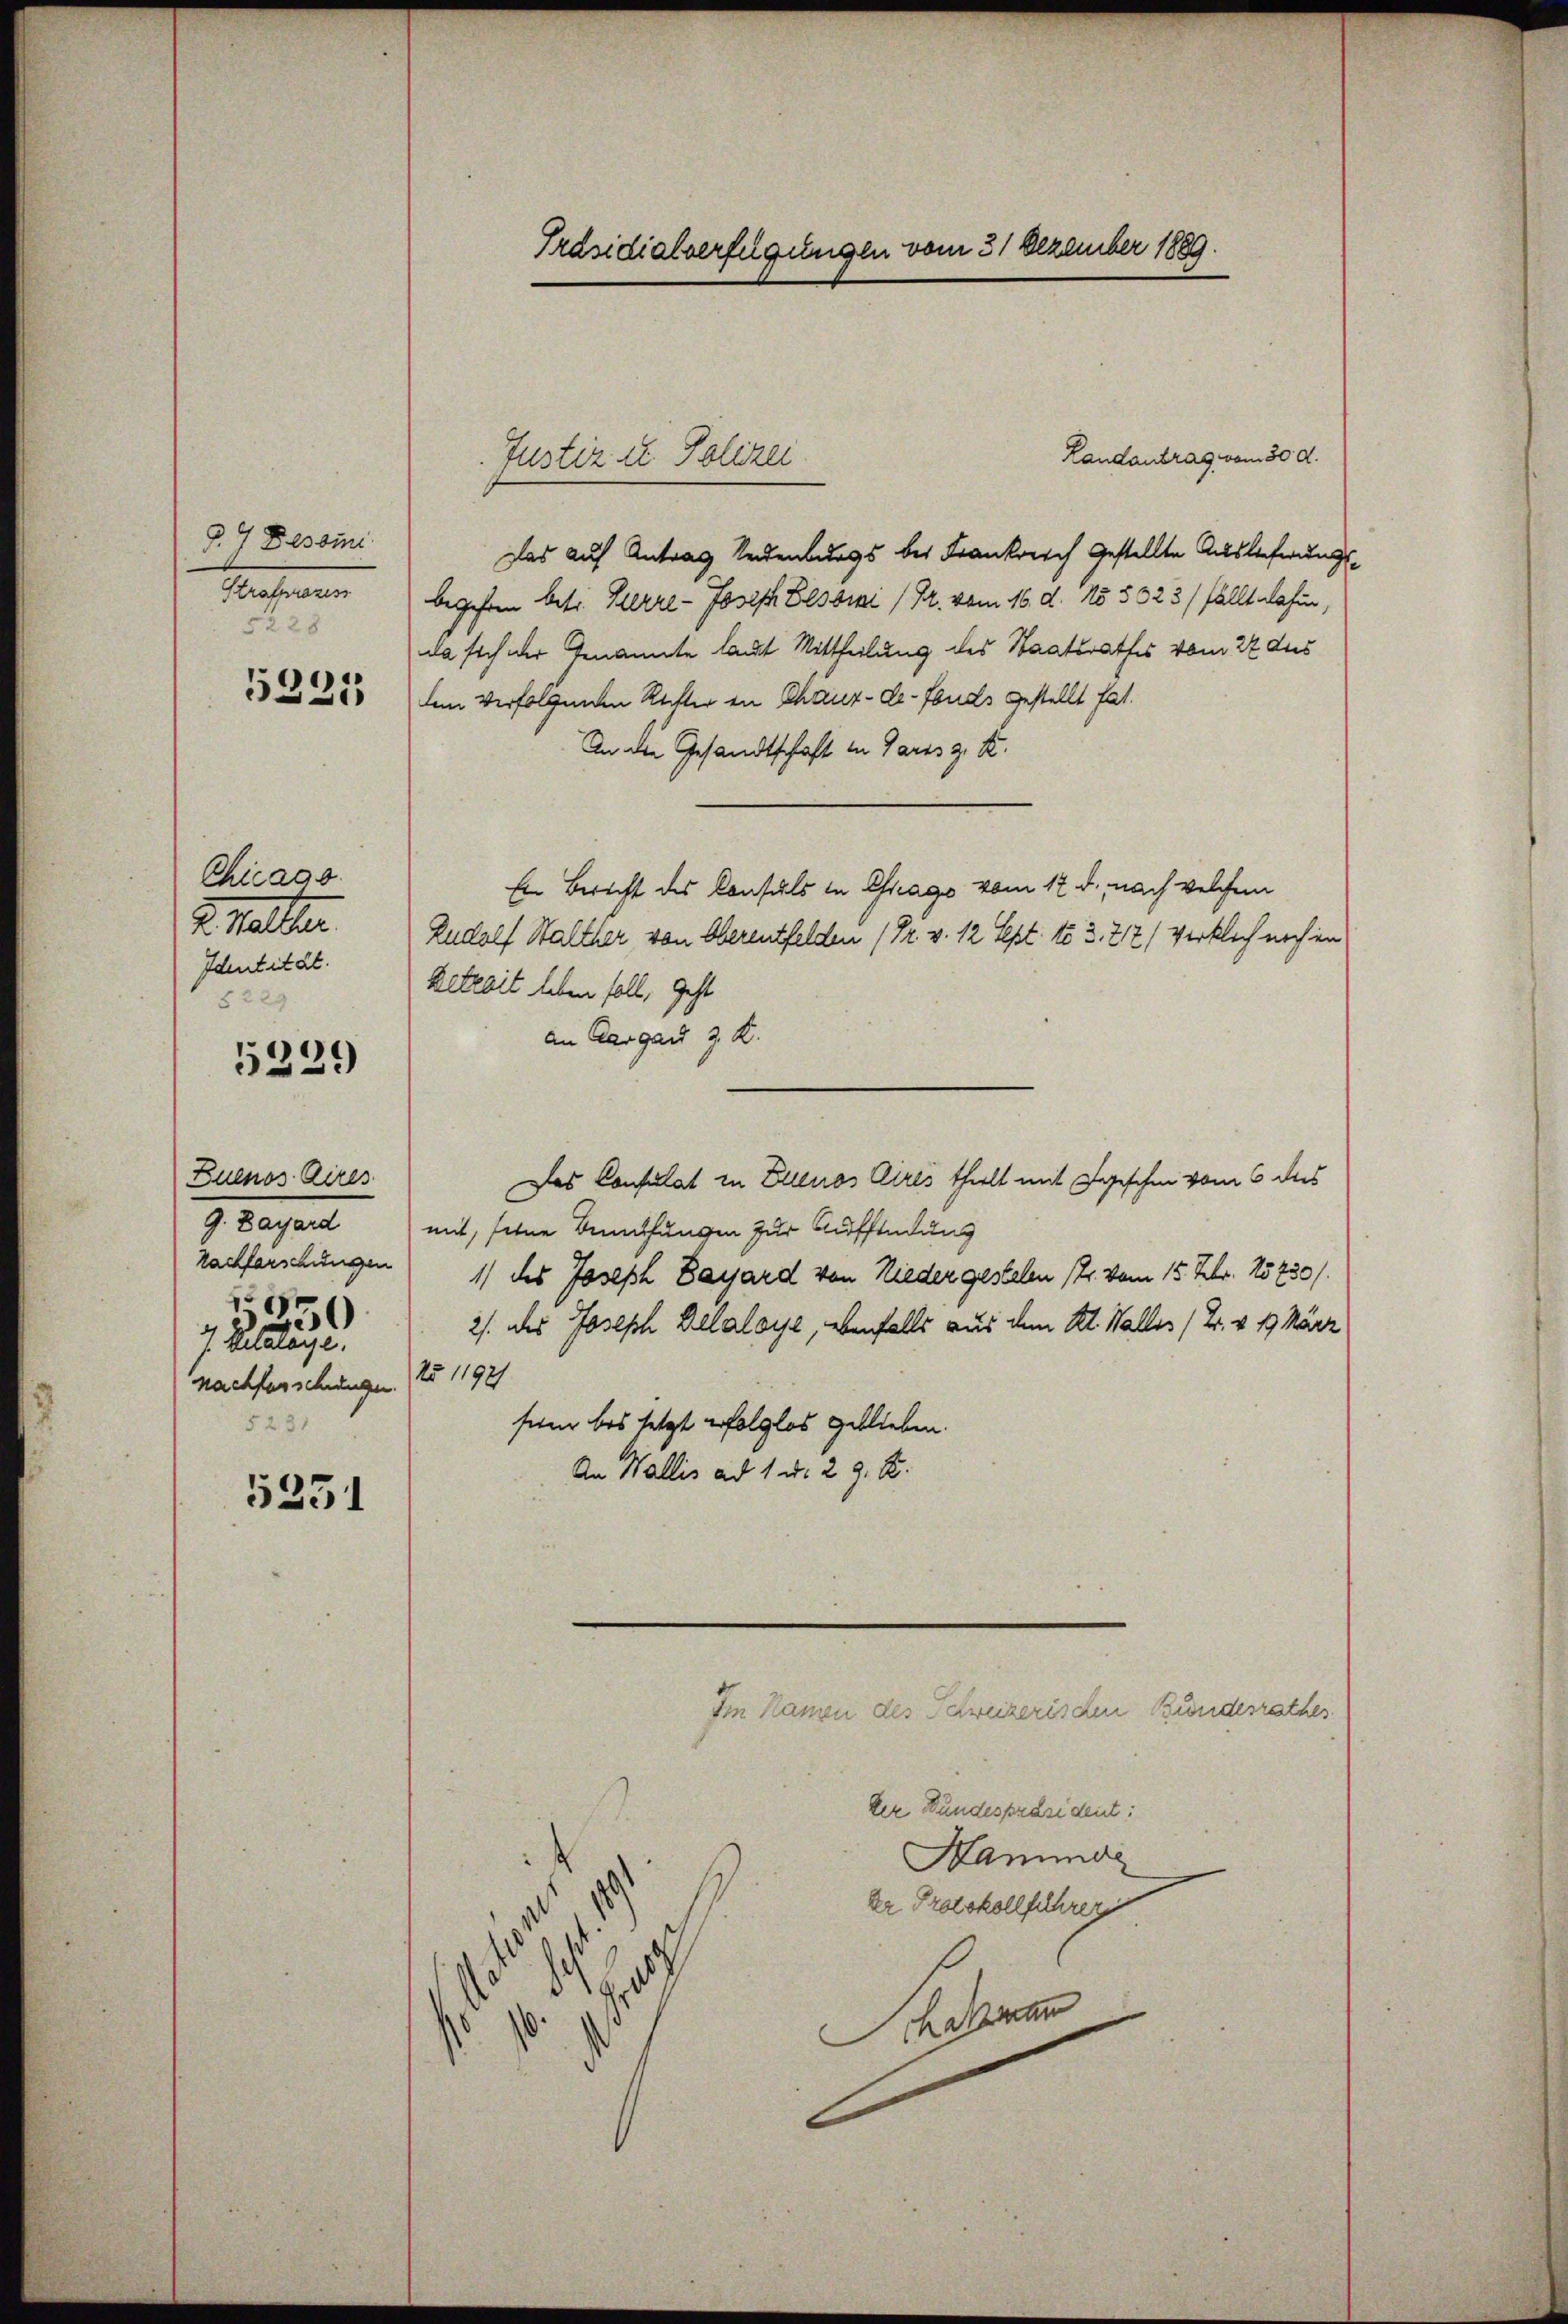
d.) Dessini
Strafprozess
5228

5221

Chicago
2. Mater
Identität.
5229

5229

Zuenos Aires
9. Zayard
Nachforschungen
19
i
J. Kilalaye.
nachsenschungen.
5231

5251

Präsidialverfügungen vom 31 Dezember 1889.

Das auf Antrag Seidenburgs bei Frankreich gestellte Auslieferungsbegehen betr. Herre- Joseph Pessini (Dr. vom 16. d. 15. 5323 / fällt dahin,
da sich der Genannte laut Mittheilung des Staatsrathes vom 22 des
dem verfolgenden Rechter in Chaux-de-Fonds gestellt hat.
An die Gesandtschaft in Gares z. B.
Ein Bericht des Consuls in Crago vom 17. d., nach welchem
Rudolf Walther von Oberentfelden (Dr. v. 12 Sept. to 3. 717 / wirklich noch in
Retrait leben soll, geht
an Aargau z. K.
Das Consulat in Ellenos Aires theilt mit geschen vom 6 des
mit, seine Bemühungen zur Auffindung
1) des Joseph Dayard von Nieder gestelen (21. vom 15. Febr. 15730).
2/. des Joseph Belaloye, ebenfalls aus dem Kl. Waller (2. v. 19 März
No 11921
sum bis setzt erfolglos geblieben.
An Wallis ad 1. d. 29. S.

Justiz u. Polizei

Im Namen des Schweizerischen Bundesrathes
der Bundespräsident:
Hammer
Dr Protokollführen
Scheman

Landantrag vom 30. d.